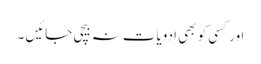
اور کسی کو بھی ادویات نہ بیچی جائیں ۔